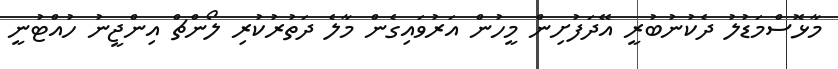
މާޅޮސްމަޑުލު ދެކުނުބުރީ އޭދަފުށިން މީހުން އަރުވައިގެން މާލެ ދަތުރުކުރި ލޯންޗް އިންޖީނު ހުއްޓުނީ